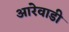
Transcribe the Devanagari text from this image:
आरेवाडी